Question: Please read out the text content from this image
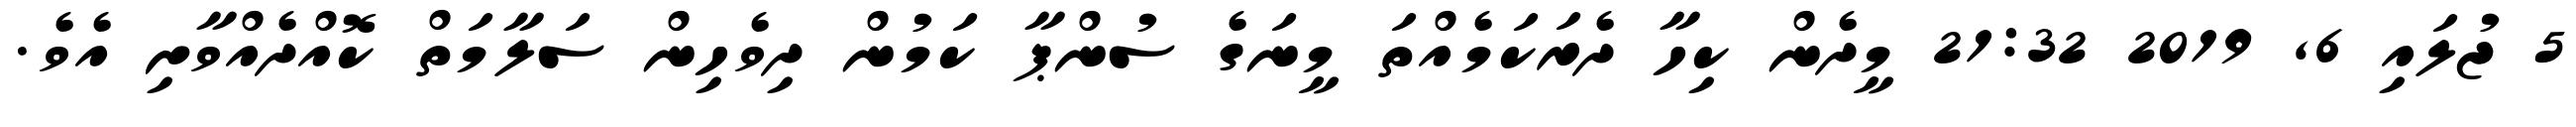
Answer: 5 ޖުލައި 6, 2019 21:32 މީދެން ކިހާ ދެރަކަމެއްތަ މީނަގެ ސުންޕާ ކަމުން ދިވެހިން ސަލާމަތް ކޮއްދެއްވާށި އެވެ.